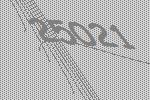
25021